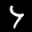
Label: 4